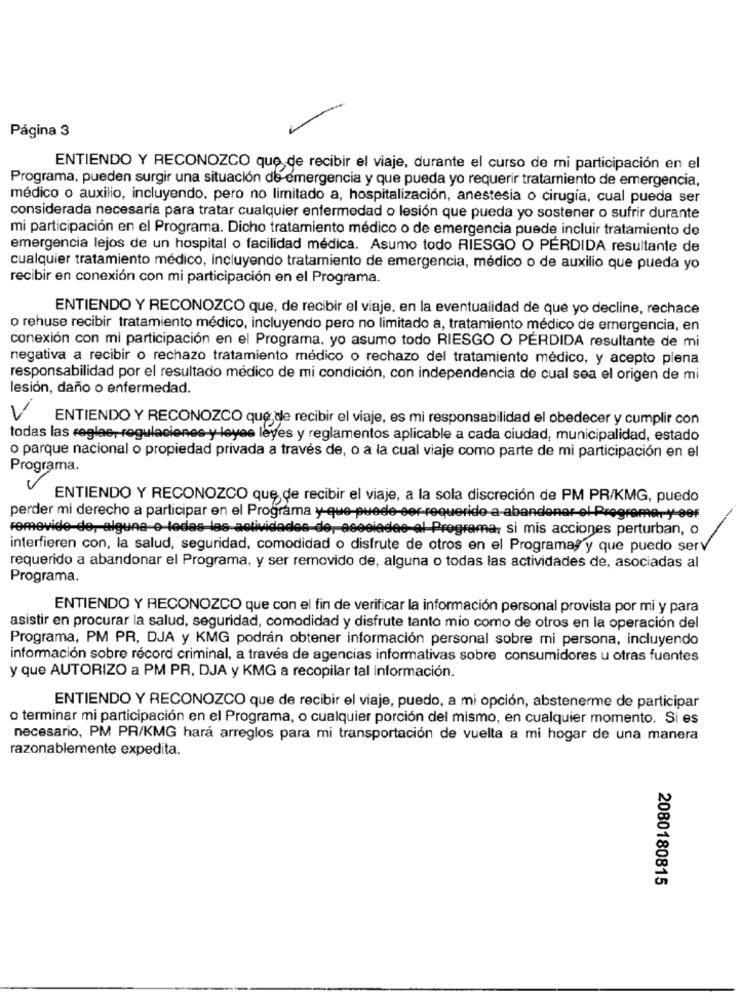
Página 3
ENTIENDO Y RECONOZCO que de recibir el viaje, durante el curso de mi participación en el
Programa, pueden surgir una situación de emergencia y que pueda yo requerir tratamiento de emergencia,
médico o auxilio, incluyendo, pero no limitado a, hospitalización, anestesia o cirugía, cual pueda ser
considerada necesaria para tratar cualquier enfermedad o lesión que pueda yo sostener o sufrir durante
mi participación en el Programa. Dicho tratamiento médico o de emergencia puede incluir tratamiento de
emergencia lejos de un hospital o facilidad médica. Asumo todo RIESGO O PÉRDIDA resultante de
cualquier tratamiento médico, incluyendo tratamiento de emergencia, médico o de auxilio que pueda yo
recibir en conexión con mi participación en el Programa.
ENTIENDO Y RECONOZCO que, de recibir el viaje, en la eventualidad de que yo decline, rechace
o rehuse recibir tratamiento médico, incluyendo pero no limitado a, tratamiento médico de emergencia, en
conexión con mi participación en el Programa, yo asumo todo RIESGO O PÉRDIDA resultante de mi
negativa a recibir o rechazo tratamiento médico o rechazo del tratamiento médico, y acepto plena
responsabilidad por el resultado médico de mi condición, con independencia de cual sea el origen de mi
lesión, daño o enfermedad.
V
ENTIENDO Y RECONOZCO que, de recibir el viaje, es mi responsabilidad el obedecer y cumplir con
todas las reglas, regulaciones y leyes leyes y reglamentos aplicable a cada ciudad, municipalidad, estado
o parque nacional o propiedad privada a través de, o a la cual viaje como parte de mi participación en el
Programa.
ENTIENDO Y RECONOZCO que de recibir el viaje, a la sola discreción de PM PR/KMG, puedo
perder mi derecho a participar en el Programa y que-puede ser-requerido a abandonar-el-Programa ,- y-90F
remevide-de, alguna-e-ledas-las actividades-de, eseciadee-al Programa, si mis acciones perturban, o
interfieren con, la salud, seguridad, comodidad o disfrute de otros en el Programas y que puedo serv
requerido a abandonar el Programa, y ser removido de, alguna o todas las actividades de, asociadas al
Programa.
ENTIENDO Y RECONOZCO que con el fin de verificar la información personal provista por mi y para
asistir en procurar la salud, seguridad, comodidad y disfrute tanto mio como de otros en la operación del
Programa, PM PR, DJA y KMG podrán obtener información personal sobre mi persona, incluyendo
información sobre récord criminal, a través de agencias informativas sobre consumidores u otras fuentes
y que AUTORIZO a PM PR, DJA y KMG a recopilar tal información.
ENTIENDO Y RECONOZCO que de recibir el viaje, puedo, a mi opción, abstenerme de participar
o terminar mi participación en el Programa, o cualquier porción del mismo, en cualquier momento. Si es
necesario, PM PR/KMG hará arreglos para mi transportación de vuelta a mi hogar de una manera
razonablemente expedita.
2080180815